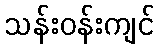
သန်းဝန်းကျင်